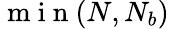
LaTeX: \mathrm{~m~i~n~}(N,N_{b})